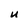
Character: U